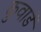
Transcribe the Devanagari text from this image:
कुवाडें